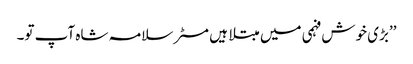
’’بڑی خوش فہمی میں مبتلا ہیں مسٹر سلامہ شاہ آپ تو۔